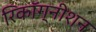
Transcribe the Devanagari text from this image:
रिकाॅग्नीशन